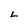
Character: L